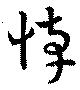
悼